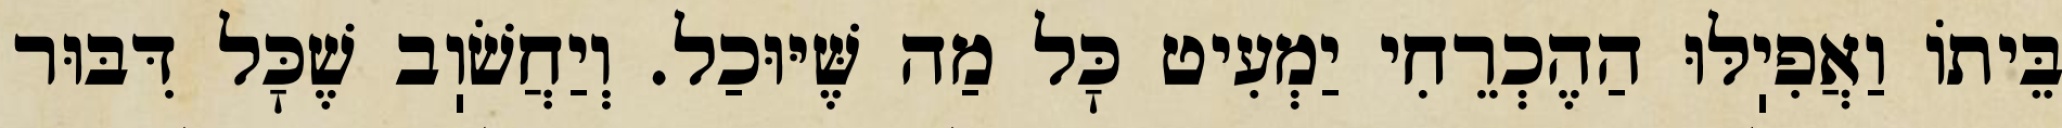
בֵּיתוֹ וַאֲפִיֽלּוּ הַהֶכְרֵחִי יַמְעִיט כׇּל מַה שֶּׁיּוּכַל. וְיַחֲשֹׁוֽב שֶׁכׇּל דִּבּוּר